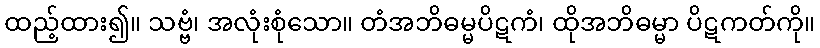
ထည့်ထား၍။ သဗ္ဗံ၊ အလုံးစုံသော။ တံအဘိဓမ္မပိဋကံ၊ ထိုအဘိဓမ္မာ ပိဋကတ်ကို။